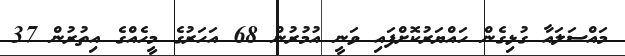
މައްސަލައާ ގުޅިގެން ހައްޔަރުކޮށްފައި ވަނީ އުމުރުން 68 އަހަރުގެ މީހެއްގެ އިތުރުން 37